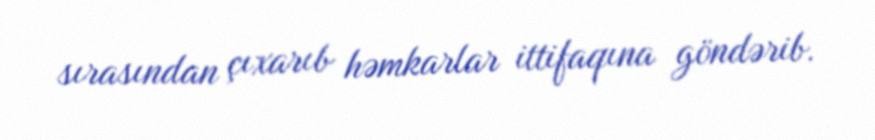
sırasından çıxarıb həmkarlar ittifaqına göndərib.